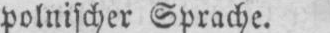
polnischer Sprache.